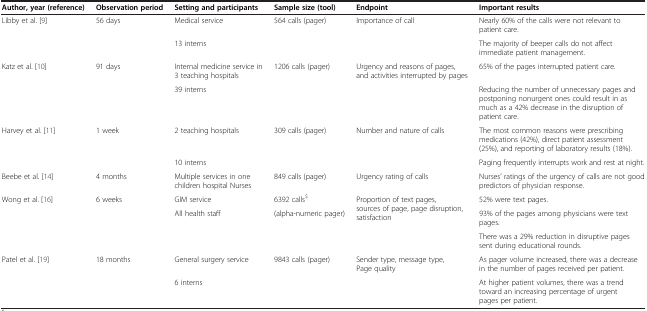
<table><thead><tr><td><b>Author, year (reference)</b></td><td><b>Observation period</b></td><td><b>Setting and participants</b></td><td><b>Sample size (tool)</b></td><td><b>Endpoint</b></td><td><b>Important results</b></td></tr></thead><tbody><tr><td rowspan="2">Libby et al. [9]</td><td rowspan="2">56 days</td><td>Medical service</td><td rowspan="2">564 calls (pager)</td><td rowspan="2">Importance of call</td><td>Nearly 60% of the calls were not relevant to patient care.</td></tr><tr><td>13 interns</td><td>The majority of beeper calls do not affect immediate patient management.</td></tr><tr><td rowspan="2">Katz et al. [10]</td><td rowspan="2">91 days</td><td>Internal medicine service in 3 teaching hospitals</td><td rowspan="2">1206 calls (pager)</td><td rowspan="2">Urgency and reasons of pages, and activities interrupted by pages</td><td>65% of the pages interrupted patient care.</td></tr><tr><td>39 interns</td><td>Reducing the number of unnecessary pages and postponing nonurgent ones could result in as much as a 42% decrease in the disruption of patient care.</td></tr><tr><td rowspan="2">Harvey et al. [11]</td><td rowspan="2">1 week</td><td>2 teaching hospitals</td><td rowspan="2">309 calls (pager)</td><td rowspan="2">Number and nature of calls</td><td>The most common reasons were prescribing medications (42%), direct patient assessment (25%), and reporting of laboratory results (18%).</td></tr><tr><td>10 interns</td><td>Paging frequently interrupts work and rest at night.</td></tr><tr><td>Beebe et al. [14]</td><td>4 months</td><td>Multiple services in one children hospital Nurses</td><td>849 calls (pager)</td><td>Urgency rating of calls</td><td>Nurses’ ratings of the urgency of calls are not good predictors of physician response.</td></tr><tr><td rowspan="3">Wong et al. [16]</td><td rowspan="3">6 weeks</td><td>GIM service</td><td>6392 calls<sup>$</sup></td><td rowspan="3">Proportion of text pages, sources of page, page disruption, satisfaction</td><td>52% were text pages.</td></tr><tr><td rowspan="2">All health staff</td><td rowspan="2">(alpha-numeric pager)</td><td>93% of the pages among physicians were text pages.</td></tr><tr><td>There was a 29% reduction in disruptive pages sent during educational rounds.</td></tr><tr><td rowspan="2">Patel et al. [19]</td><td rowspan="2">18 months</td><td>General surgery service</td><td rowspan="2">9843 calls (pager)</td><td rowspan="2">Sender type, message type, Page quality</td><td>As pager volume increased, there was a decrease in the number of pages received per patient.</td></tr><tr><td>6 interns</td><td>At higher patient volumes, there was a trend toward an increasing percentage of urgent pages per patient.</td></tr></tbody></table>